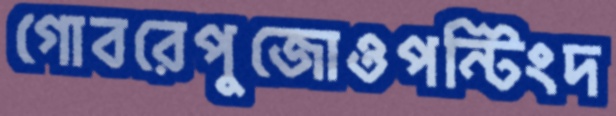
গোবরেপুজোওপন্টিংদ